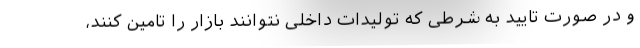
و در صورت تایید به شرطی که تولیدات داخلی نتوانند بازار را تامین کنند،